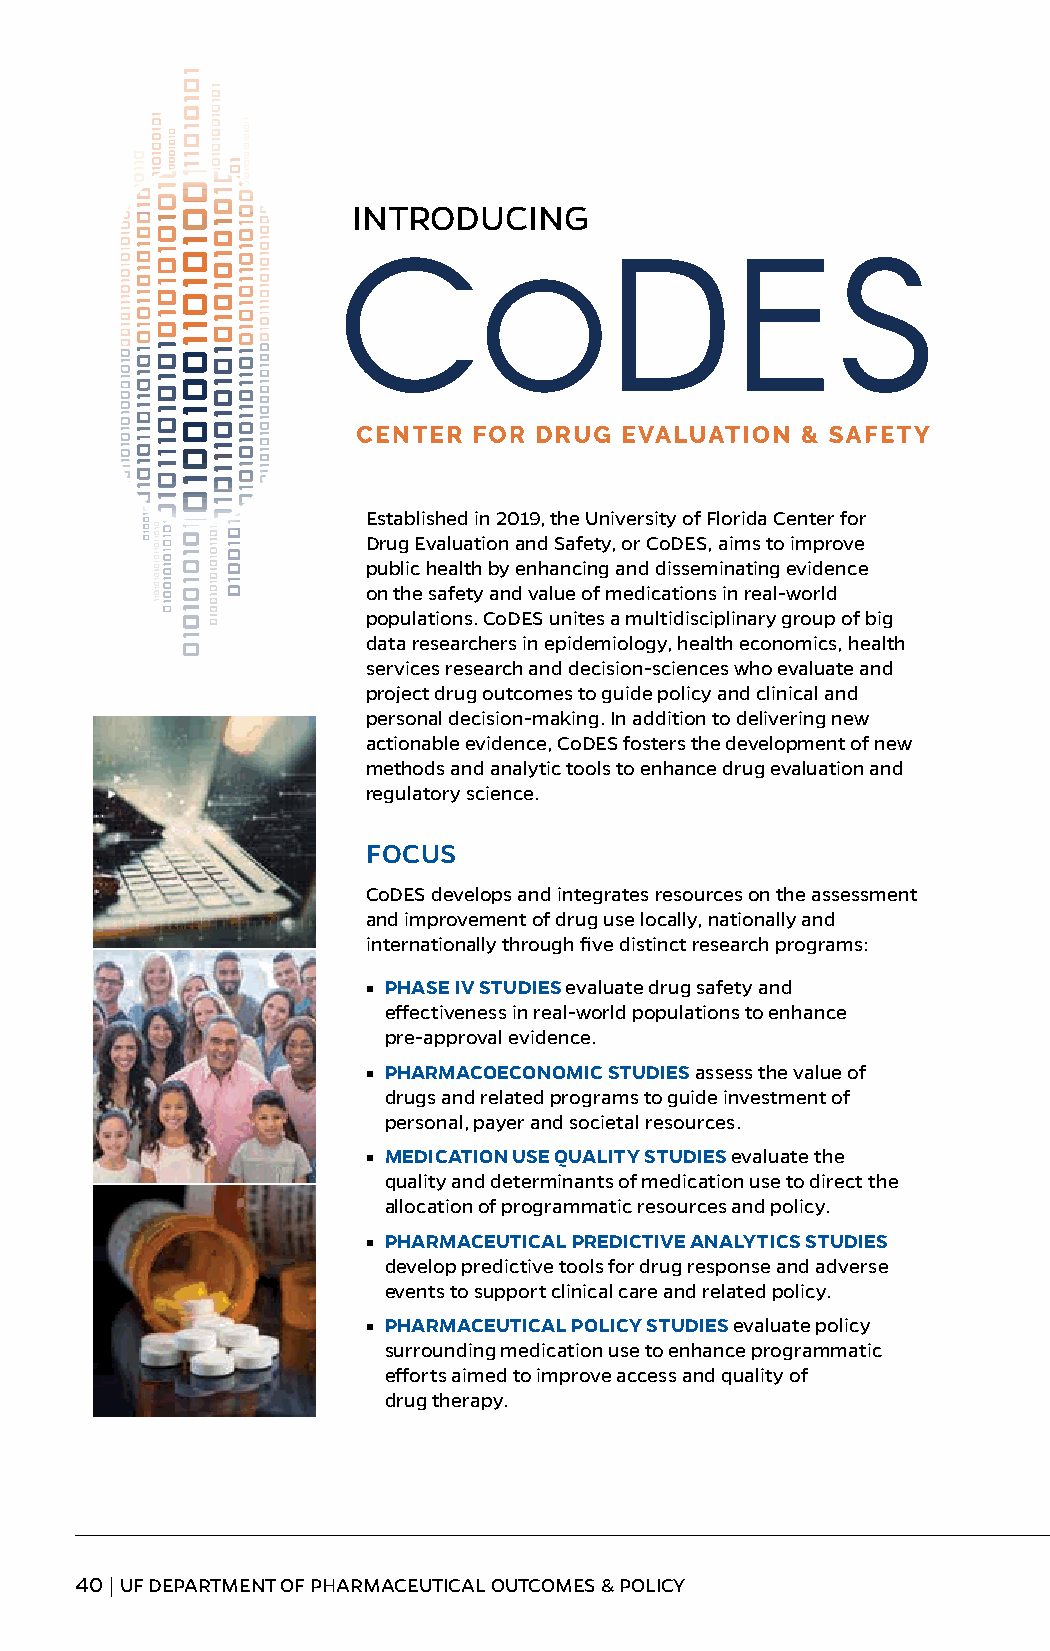
INTRODUCING
 Established in 2019, the University of Florida Center for
 Drug Evaluation and Safety, or CoDES, aims to improve
 public health by enhancing and disseminating evidence
 on the safety and value of medications in real-world
 populations. CoDES unites a multidisciplinary group of big
 data researchers in epidemiology, health economics, health
 services research and decision-sciences who evaluate and
 project drug outcomes to guide policy and clinical and
 personal decision-making. In addition to delivering new
 actionable evidence, CoDES fosters the development of new
 methods and analytic tools to enhance drug evaluation and
 regulatory science.
 FOCUS
 CoDES develops and integrates resources on the assessment
 and improvement of drug use locally, nationally and
 internationally through five distinct research programs:
 ■ PHASE IV STUDIES evaluate drug safety and
 effectiveness in real-world populations to enhance
 pre-approval evidence.
 ■ PHARMACOECONOMIC STUDIES assess the value of
 drugs and related programs to guide investment of
 personal, payer and societal resources.
 ■ MEDICATION USE QUALITY STUDIES evaluate the
 quality and determinants of medication use to direct the
 allocation of programmatic resources and policy.
 ■ PHARMACEUTICAL PREDICTIVE ANALYTICS STUDIES
 develop predictive tools for drug response and adverse
 events to support clinical care and related policy.
 ■ PHARMACEUTICAL POLICY STUDIES evaluate policy
 surrounding medication use to enhance programmatic
 efforts aimed to improve access and quality of
 drug therapy.
 40 | UF DEPARTMENT OF PHARMACEUTICAL OUTCOMES & POLICY